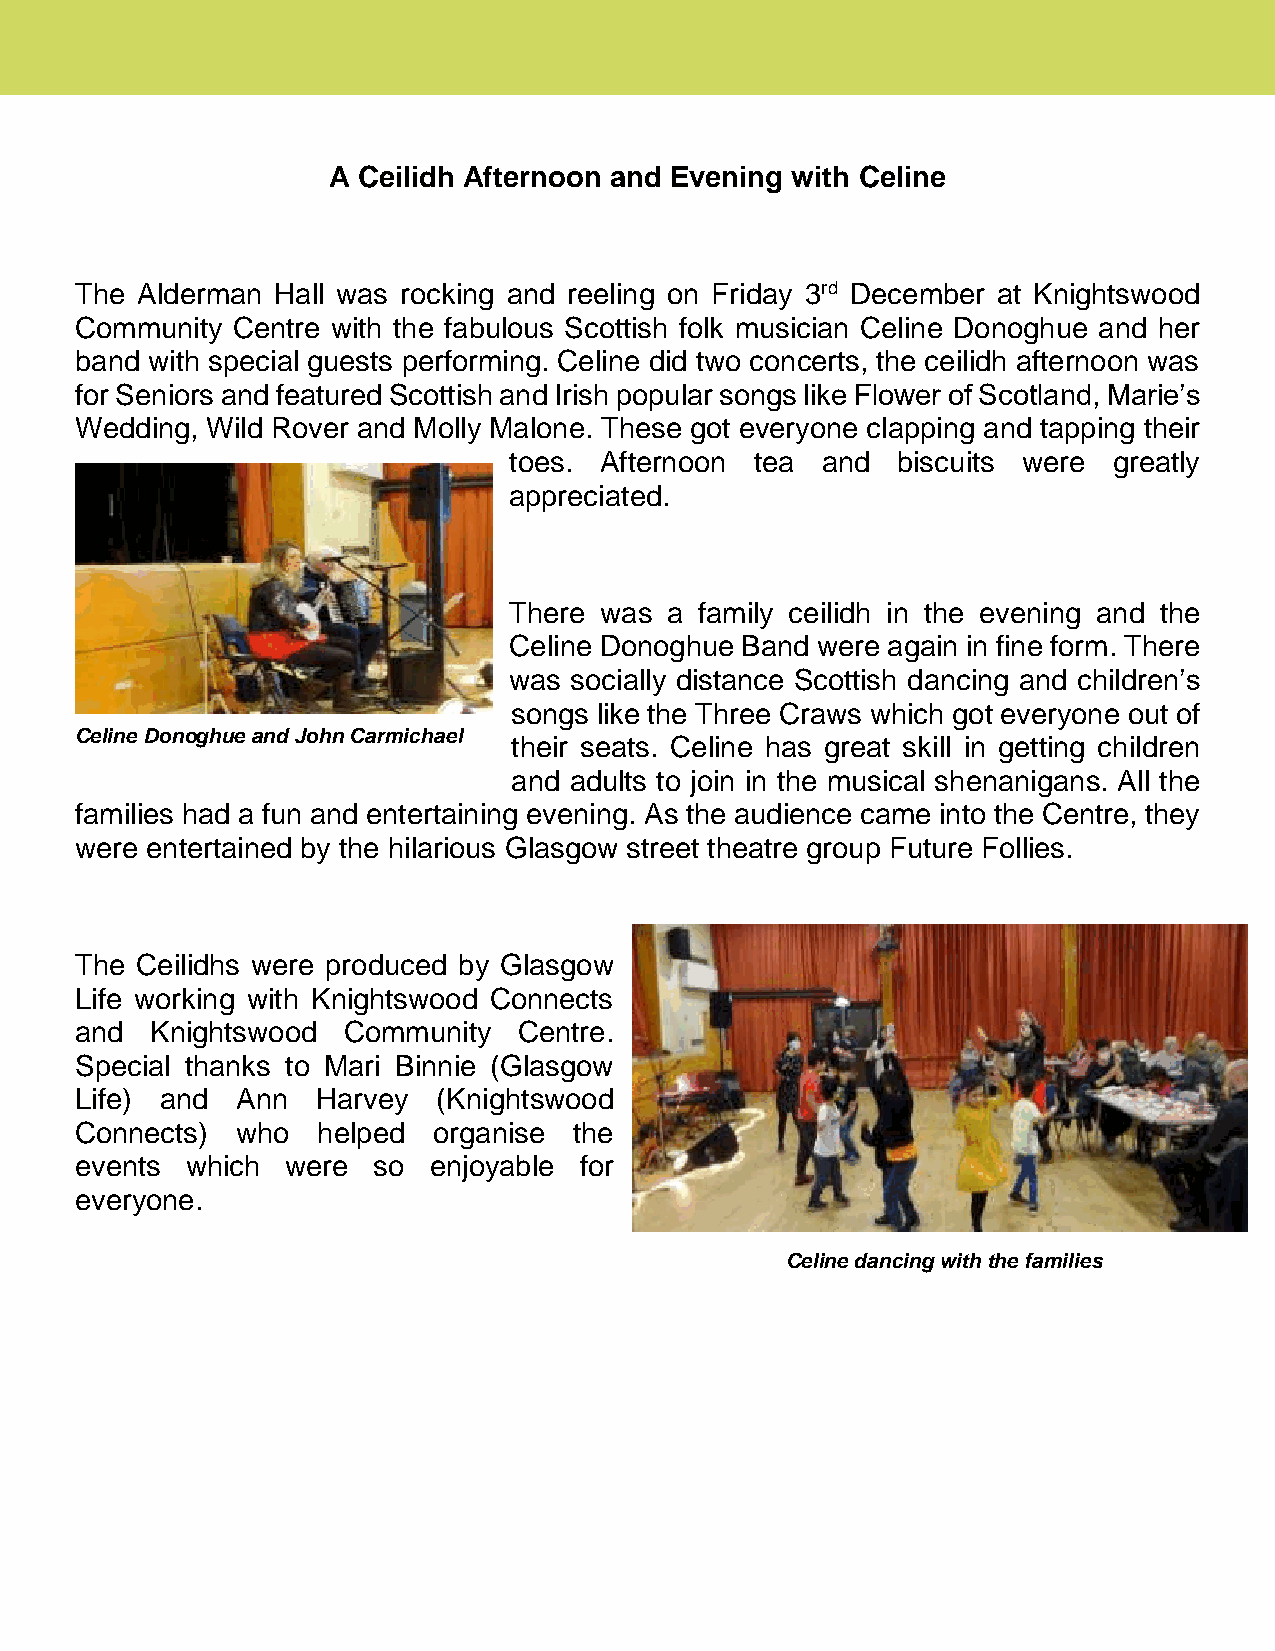
A Ceilidh Afternoon and Evening with Celine
 The Alderman Hall was rocking and reeling on Friday 3rd December at Knightswood
 Community Centre with the fabulous Scottish folk musician Celine Donoghue and her
 band with special guests performing. Celine did two concerts, the ceilidh afternoon was
 for Seniors and featured Scottish and Irish popular songs like Flower of Scotland, Marie’s
 Wedding, Wild Rover and Molly Malone. These got everyone clapping and tapping their
 toes. Afternoon tea and  biscuits were  greatly
 appreciated.
 There was a family ceilidh in the evening and the
 Celine Donoghue Band were again in fine form. There
 was socially distance Scottish dancing and children’s
 songs like the Three Craws which got everyone out of
 Celine Donoghue and John Carmichael
 their seats. Celine has great skill in getting children
 and adults to join in the musical shenanigans. All the
 families had a fun and entertaining evening. As the audience came into the Centre, they
 were entertained by the hilarious Glasgow street theatre group Future Follies.
 The Ceilidhs were produced by Glasgow
 Life working with Knightswood Connects
 and  Knightswood  Community  Centre.
 Special thanks to Mari Binnie (Glasgow
 Life) and  Ann  Harvey  (Knightswood
 Connects)  who  helped  organise the
 events which  were  so enjoyable for
 everyone.
 Celine dancing with the families